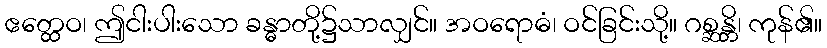
ဧတ္ထေဝ၊ ဤငါးပါးသော ခန္ဓာတို့၌သာလျှင်။ အဝရောဓံ၊ ဝင်ခြင်းသို့။ ဂစ္ဆန္တိ၊ ကုန်၏။